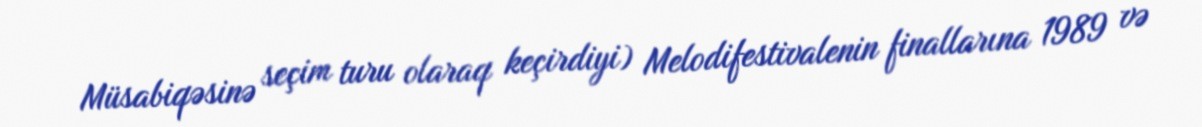
Müsabiqəsinə seçim turu olaraq keçirdiyi) Melodifestivalenin finallarına 1989 və